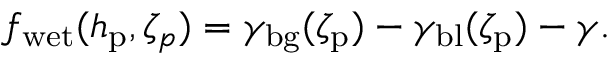
f _ { \mathrm { w e t } } ( h _ { \mathrm { p } } , \zeta _ { p } ) = \gamma _ { \mathrm { b g } } ( \zeta _ { \mathrm { p } } ) - \gamma _ { \mathrm { b l } } ( \zeta _ { \mathrm { p } } ) - \gamma .